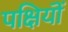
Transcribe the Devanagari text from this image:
पक्षियॊं